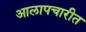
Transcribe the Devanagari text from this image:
आलापचारीत